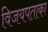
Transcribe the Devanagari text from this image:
विजयपताका